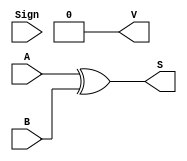
`timescale 1ns / 1ps

module XOR( A, B, Sign, S, V);

    input [31:0] A;
    input [31:0] B;
    input Sign;

    output reg [31:0] S;
    output reg V;

    always@(*)
    begin
        S = A ^ B;
        V = 0;
    end

endmodule